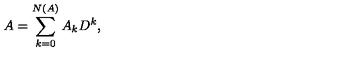
A = \sum _ { k = 0 } ^ { N ( A ) } A _ { k } D ^ { k } ,